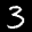
Label: 3